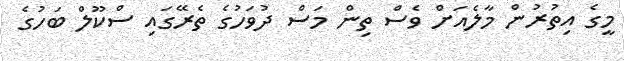
މީގެ އިތުރުން މާލެއަށް ވެސް ތިން މަސް ދުވަހުގެ ތެރޭގައި ސްކޫލް ބަހުގެ